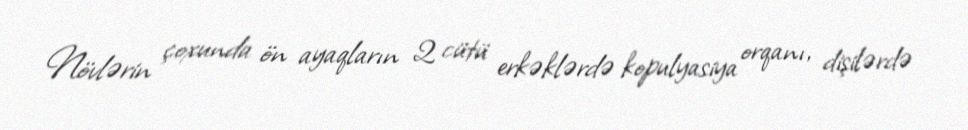
Növlərin çoxunda ön ayaqların 2 cütü erkəklərdə kopulyasiya orqanı, dişilərdə